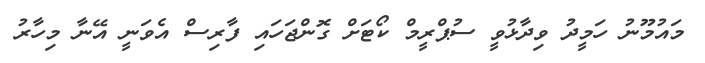
މައުމޫނު ހަމީދު ވިދާޅުވީ ސުޕްރީމް ކޯޓަށް ގޮންޖަހައި ފާރިސް އެވަނީ އޭނާ މިހާރު